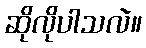
ဆိုလိုပါသလဲ။